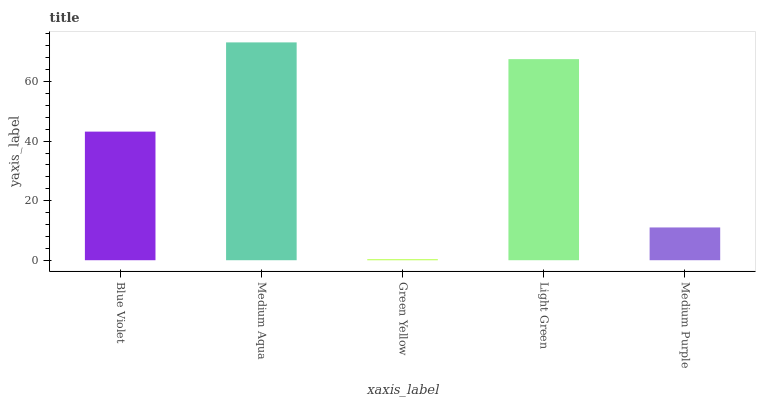
| xaxis_label | bars |
 | --- | --- |
 | Blue Violet | 43.2 |
 | Medium Aqua | 73.2 |
 | Green Yellow | 0.304 |
 | Light Green | 67.6 |
 | Medium Purple | 11 |